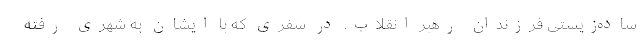
ساده‌زیستی فرزندان رهبر انقلاب. در سفری که با ایشان به شهری رفته